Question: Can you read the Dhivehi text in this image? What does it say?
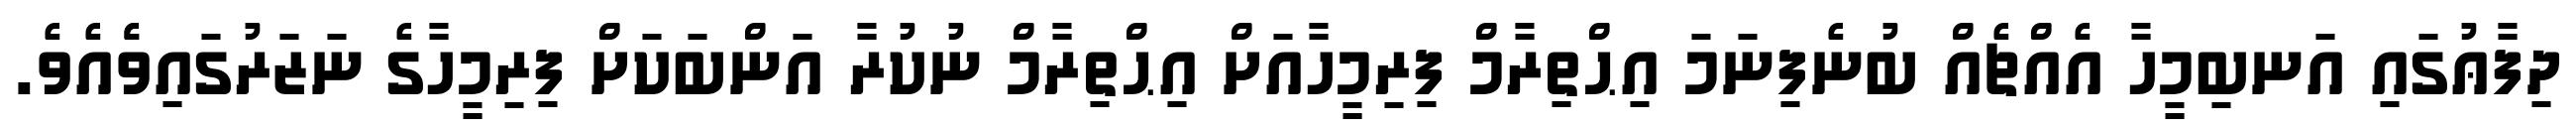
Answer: ދިފާޢުގައި އަނބިމީހާ އެއްޗެއް ބުނެފިނަމަ އިޙްތިރާމް ފިރިމީހާއަށް އިޙްތިރާމް ނުކުރާ އަންބަކަށް ފިރިމީހާގެ ނަޒަރުގައިވެެއެވެ.